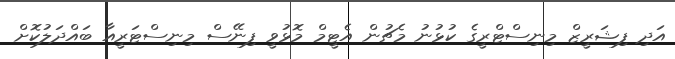
އަދި ފިޝަރީޒް މިނިސްޓްރީގެ ކުޅުނު މެޗުން އެޓީމް މޮޅުވީ ފިނޭސް މިނިސްޓަރީއާ ބައްދަލުކޮށް